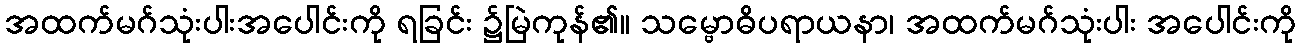
အထက်မဂ်သုံးပါးအပေါင်းကို ရခြင်း ၌မြဲကုန်၏။ သမ္ဗောဓိပရာယနာ၊ အထက်မဂ်သုံးပါး အပေါင်းကို